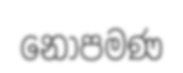
නොපමණ